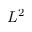
L ^ { 2 }